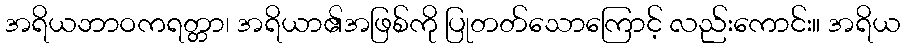
အရိယဘာဝကရတ္တာ၊ အရိယာ၏အဖြစ်ကို ပြုတတ်သောကြောင့် လည်းကောင်း။ အရိယ